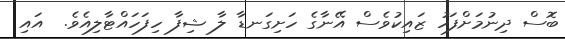
ބޮސް ދިނުމަށްފަހު ޒައިކުވެސް އޭނާގެ ހަށިގަނޑާ ލާ ޝިފާ ހިފަހައްޓާލިއެވެ.  އައި